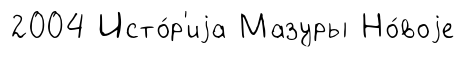
2004 Исто́р'иjа Мазуры Но́воjе